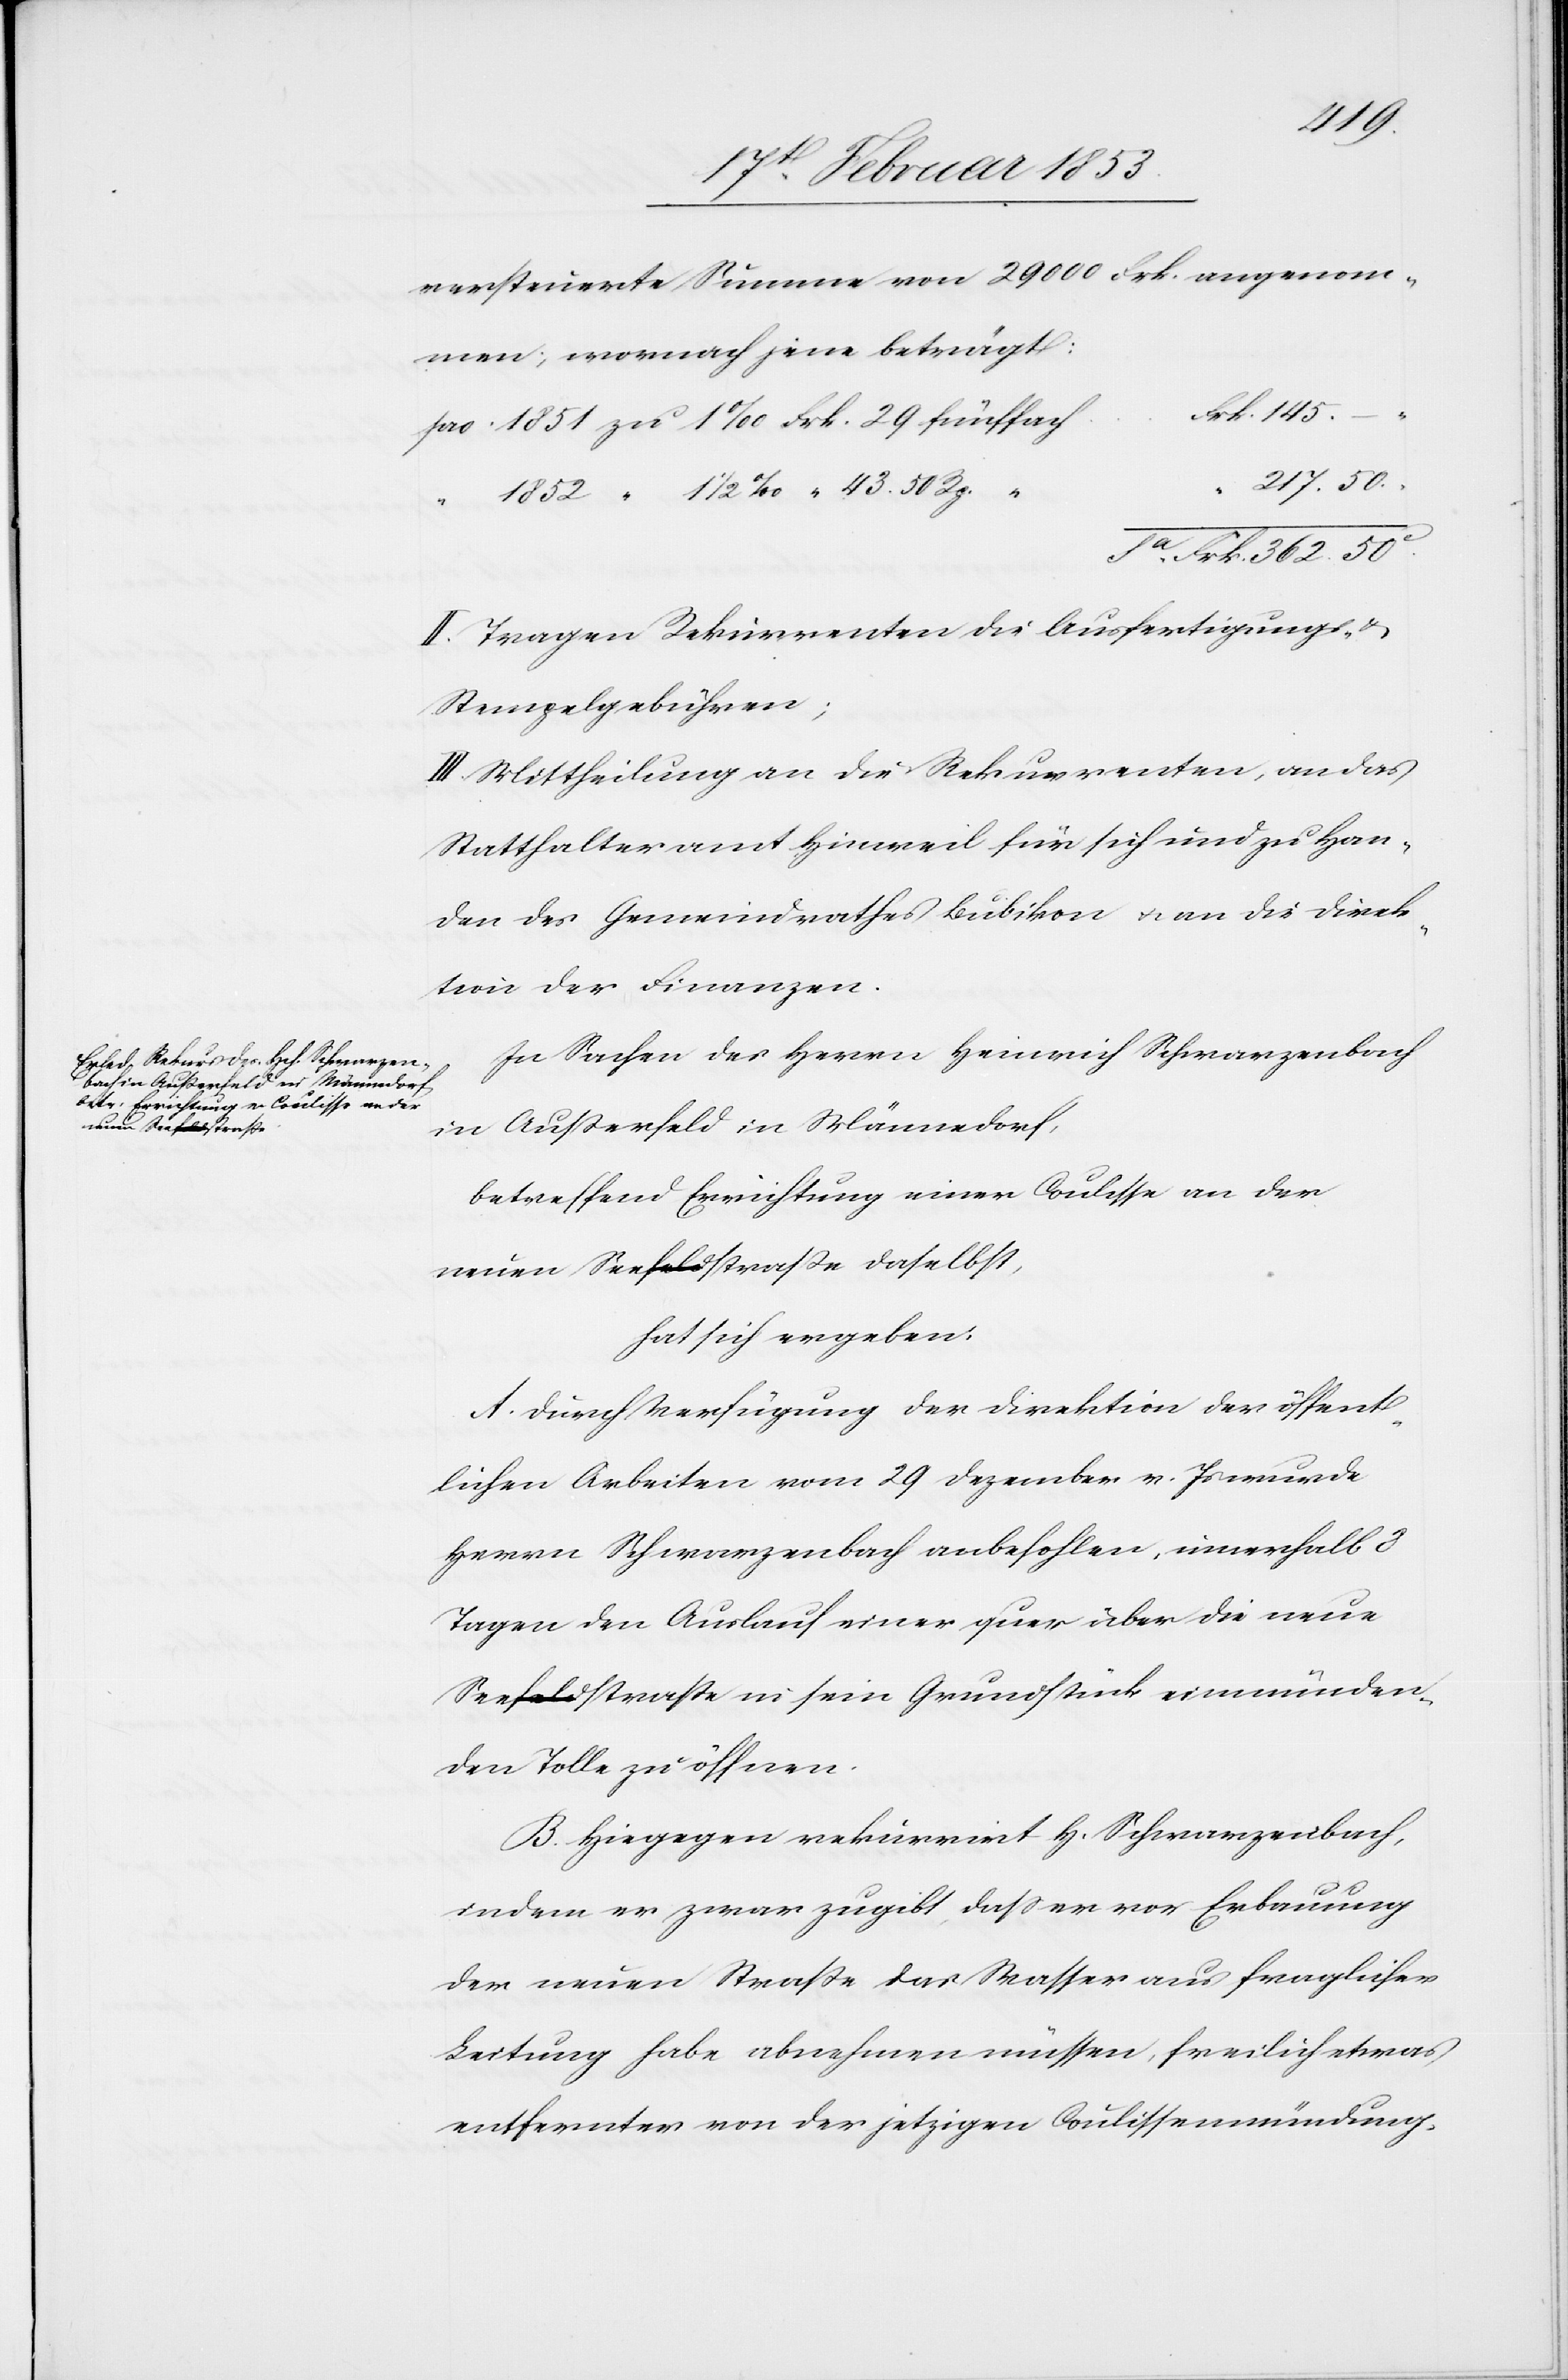
43.50
versteuerte Summe von 29000 Frk. angenom¬
men; wonach jene beträgt:
pro 1851 zu 1‰ 	Frk. 29. fünffac¬
Sa. Frk. 362.50.
II. Tragen Rekurrenten die Ausfertigungs-
u.
Stempelgebühren.
III. Mittheilung an die Rekurrrenten, an das
Statthalteramt Hinweil für sich und zu Han¬
den des Gemeindrathes Bubikon u. an die Direk¬
tion der Finanzen.
In Sachen des Herrn Heinrich Schwerzenbach
in Außerfeld in Männedorf,
betreffend Errichtung einer Coulisse an der
neuen Seestraße daselbst,
hat sich ergeben.
Durch Verfügung der Direktion der öffent¬
lichen Arbeiten vom 29 Dezember v. Js. wurde
Herrn Schwarzenbach anbefohlen, innerhalb 8
Tagen den Auslauf einer quer über die neue
Seestraße in sein Grundstück einmünden¬
den Tolle zu öffnen.
Hingegen rekurrirt H. Schwarzenbach,
indem er zwar zugibt, daß er vor Erbauung
der neuen Straße das Wasser aus fraglicher
Leitung habe abnehmen müssen, freilich etwas
entfernter von der jetzigen Coulissenmündung.